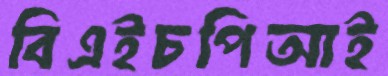
বিএইচপিআই